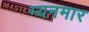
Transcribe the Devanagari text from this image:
म्यनमार